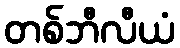
တစ်ဘီလီယံ